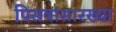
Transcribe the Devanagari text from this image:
पिसवांसारख्या